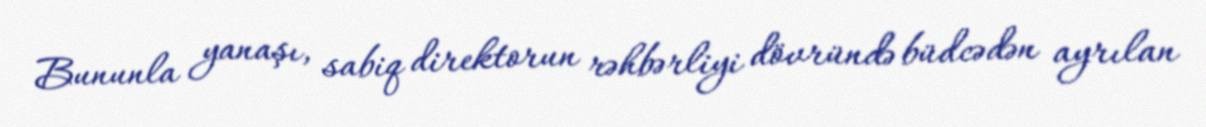
Bununla yanaşı, sabiq direktorun rəhbərliyi dövründə büdcədən ayrılan